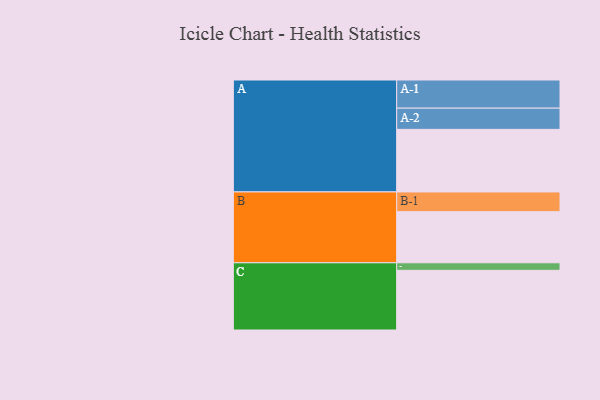
{"axis": {"x": "Segment", "y": "Value"}, "legend": ["", "A", "B", "C"], "data": [{"x": "A", "y": 498, "type": ""}, {"x": "B", "y": 407, "type": ""}, {"x": "C", "y": 475, "type": ""}, {"x": "A-1", "y": 224, "type": "A"}, {"x": "A-2", "y": 169, "type": "A"}, {"x": "B-1", "y": 157, "type": "B"}, {"x": "C-1", "y": 60, "type": "C"}]}